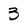
Character: 3